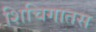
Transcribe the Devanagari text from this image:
शिचिगातस